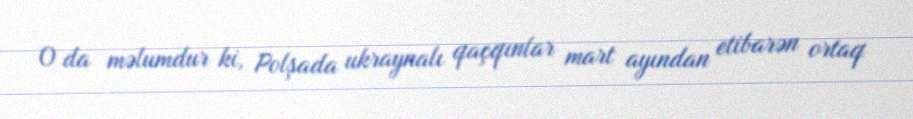
O da məlumdur ki, Polşada ukraynalı qaçqınlar mart ayından etibarən ortaq